Insane asylums in Bengal annual reports 1867-1875 - 1867-1875
Year: 1867
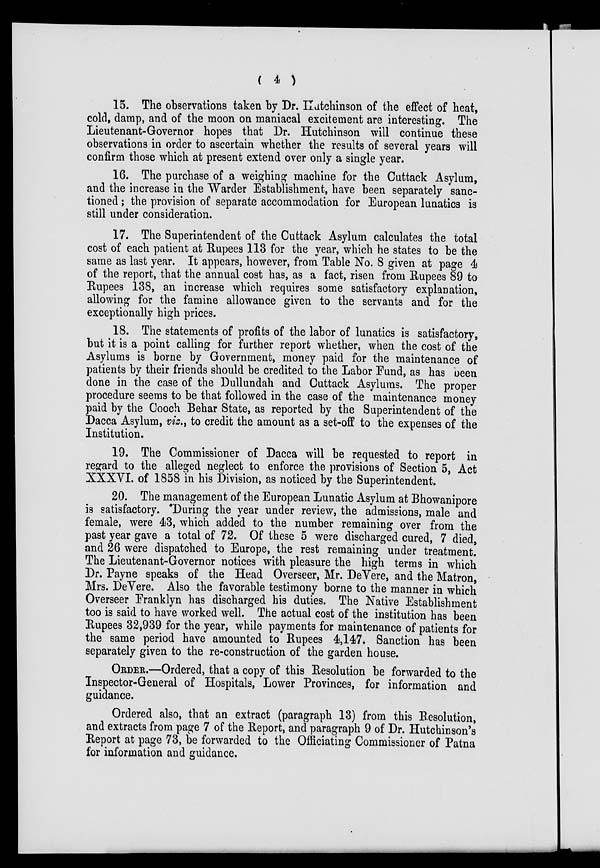
( 4 )
15. The observations taken by Dr. Hutchinson of the effect of heat,
cold, damp, and of the moon on maniacal excitement are interesting. The
Lieutenant-Governor hopes that Dr. Hutchinson will continue these
observations in order to ascertain whether the results of several years will
confirm those which at present extend over only a single year.
16. The purchase of a weighing machine for the Cuttack Asylum,
and the increase in the Warder Establishment, have been separately sanc-
tioned ; the provision of separate accommodation for European lunatics is
still under consideration.
17. The Superintendent of the Cuttack Asylum calculates the total
cost of each patient at Rupees 113 for the year, which he states to be the
same as last year. It appears, however, from Table No. 8 given at page 4
of the report, that the annual cost has, as a fact, risen from Rupees 89 to
Rupees 138, an increase which requires some satisfactory explanation,
allowing for the famine allowance given to the servants and for the
exceptionally high prices.
18. The statements of profits of the labor of lunatics is satisfactory,
but it is a point calling for further report whether, when the cost of the
Asylums is borne by Government, money paid for the maintenance of
patients by their friends should be credited to the Labor Fund, as has been
done in the case of the Dullundah and Cuttack Asylums. The proper
procedure seems to be that followed in the case of the maintenance money
paid by the Cooch Behar State, as reported by the Superintendent of the
Dacca Asylum, viz., to credit the amount as a set-off to the expenses of the
Institution.
19. The Commissioner of Dacca will be requested to report in
regard to the alleged neglect to enforce the provisions of Section 5, Act
XXXVI. of 1858 in his Division, as noticed by the Superintendent.
20. The management of the European Lunatic Asylum at Bhowanipore
is satisfactory. During the year under review, the admissions, male and
female, were 43, which added to the number remaining over from the
past year gave a total of 72. Of these 5 were discharged cured, 7 died,
and 26 were dispatched to Europe, the rest remaining under treatment.
The Lieutenant-Governor notices with pleasure the high terms in which
Dr. Payne speaks of the Head Overseer, Mr. DeVere, and the Matron,
Mrs. DeVere. Also the favorable testimony borne to the manner in which
Overseer Franklyn has discharged his duties. The Native Establishment
too is said to have worked well. The actual cost of the institution has been
Rupees 32,939 for the year, while payments for maintenance of patients for
the same period have amounted to Rupees 4,147. Sanction has been
separately given to the re-construction of the garden house.
ORDER.—Ordered, that a copy of this Resolution be forwarded to the
Inspector-General of Hospitals, Lower Provinces, for information and
guidance.
Ordered also, that an extract (paragraph 13) from this Resolution,
and extracts from page 7 of the Report, and paragraph 9 of Dr. Hutchinson's
Report at page 73, be forwarded to the Officiating Commissioner of Patna
for information and guidance.